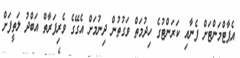
އެޕާޓްމަންޓަށް ފެނާއި ކަރަންޓުގެ ހިދުމަތް ވަގުތުން ދިނުމަށް އެގޭގެ ވެރިފަރާތް އަބްދު ލަތީފަށް